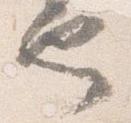
也